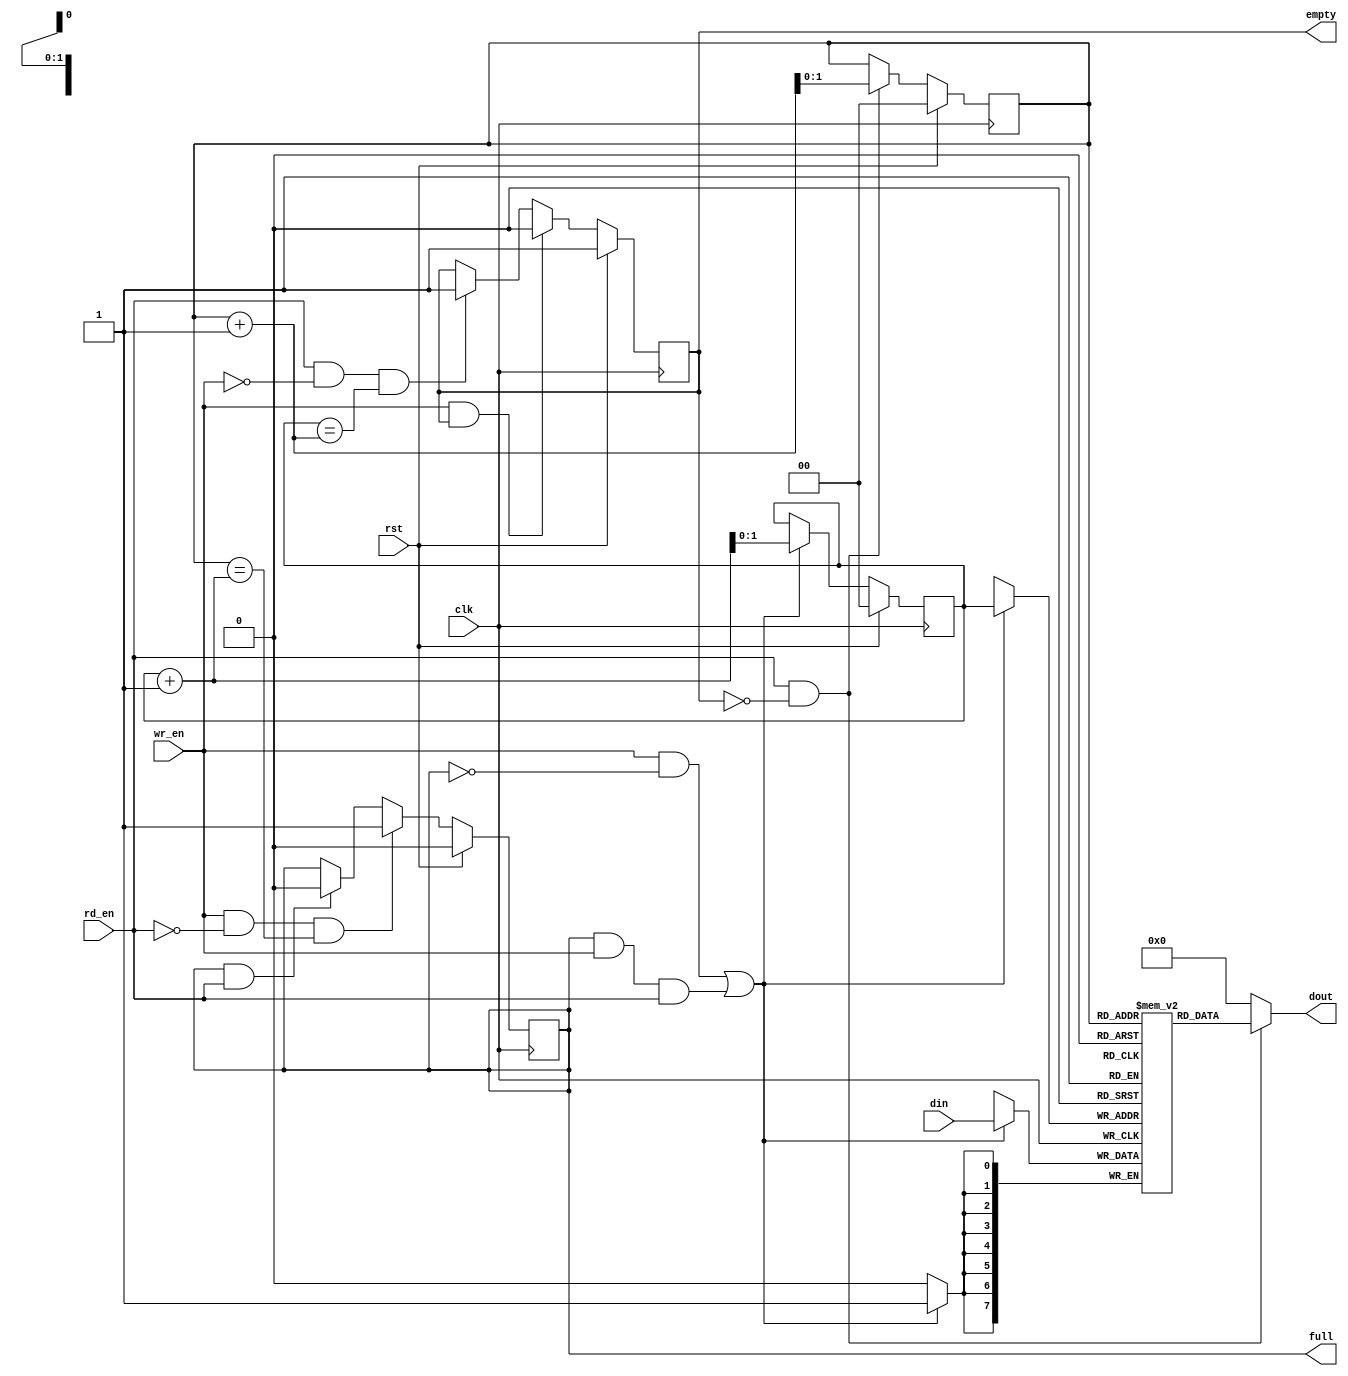
`timescale 1ns / 1ps
//////////////////////////////////////////////////////////////////////////////////
// Company: 
// Engineer: 
// 
// Design Name: 
// Module Name: Syns_FIFO
// Project Name: 
// Target Devices: 
// Tool Versions: 
// Description: 
// 
// Dependencies: 
// 
// Revision:
// Revision 0.01 - File Created
// Additional Comments:
// 
//////////////////////////////////////////////////////////////////////////////////


module Syns_FIFO
#(parameter WIDTH = 4'd8, LOG2DEPTH = 2'd2)
(
    input clk, rst, wr_en, rd_en,
    input [WIDTH-1:0] din,
    output [WIDTH-1:0] dout,
    output reg empty,
    output reg full
    );


reg [WIDTH-1:0] ram [(1<<LOG2DEPTH)-1:0];
reg [LOG2DEPTH-1:0] rp, wp;

//write
always @(posedge clk)
    begin
        if ((wr_en & ~full) || (full & wr_en & rd_en))
            begin
                ram[wp] <= din;
                end
    end
    
//read
assign dout = (rd_en & ~empty)? ram[rp] : 0;

//generate write pointer
always @(posedge clk)
begin
    if (rst)
        wp <= 0;
    else if ((wr_en & ~full) || (full & wr_en & rd_en))
        wp <= wp + 1;          
end

//generate read pointer
always@ (posedge clk)
begin
    if (rst)
        rp <= 0;
    else if (rd_en & ~empty)
        rp <= rp + 1;
end

//generate full flag
always @(posedge clk)
begin
    if (rst)
        full <= 0;
    //list the condition that may change the full status
    else if ((wr_en & ~rd_en) && (rp == wp + 1))
        full <= 1;
    else if (full & rd_en)
        full <= 0;
end

//generate empty flag
always @ (posedge clk)
begin
    if (rst)
        empty <= 1;
     else if (wr_en & empty)
        empty <= 0;
     else if ((rd_en & ~wr_en) && (wp == rp + 1))
        empty <= 1;
end
endmodule